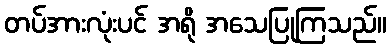
တပ်အားလုံးပင် အရို အသေပြုကြသည်။